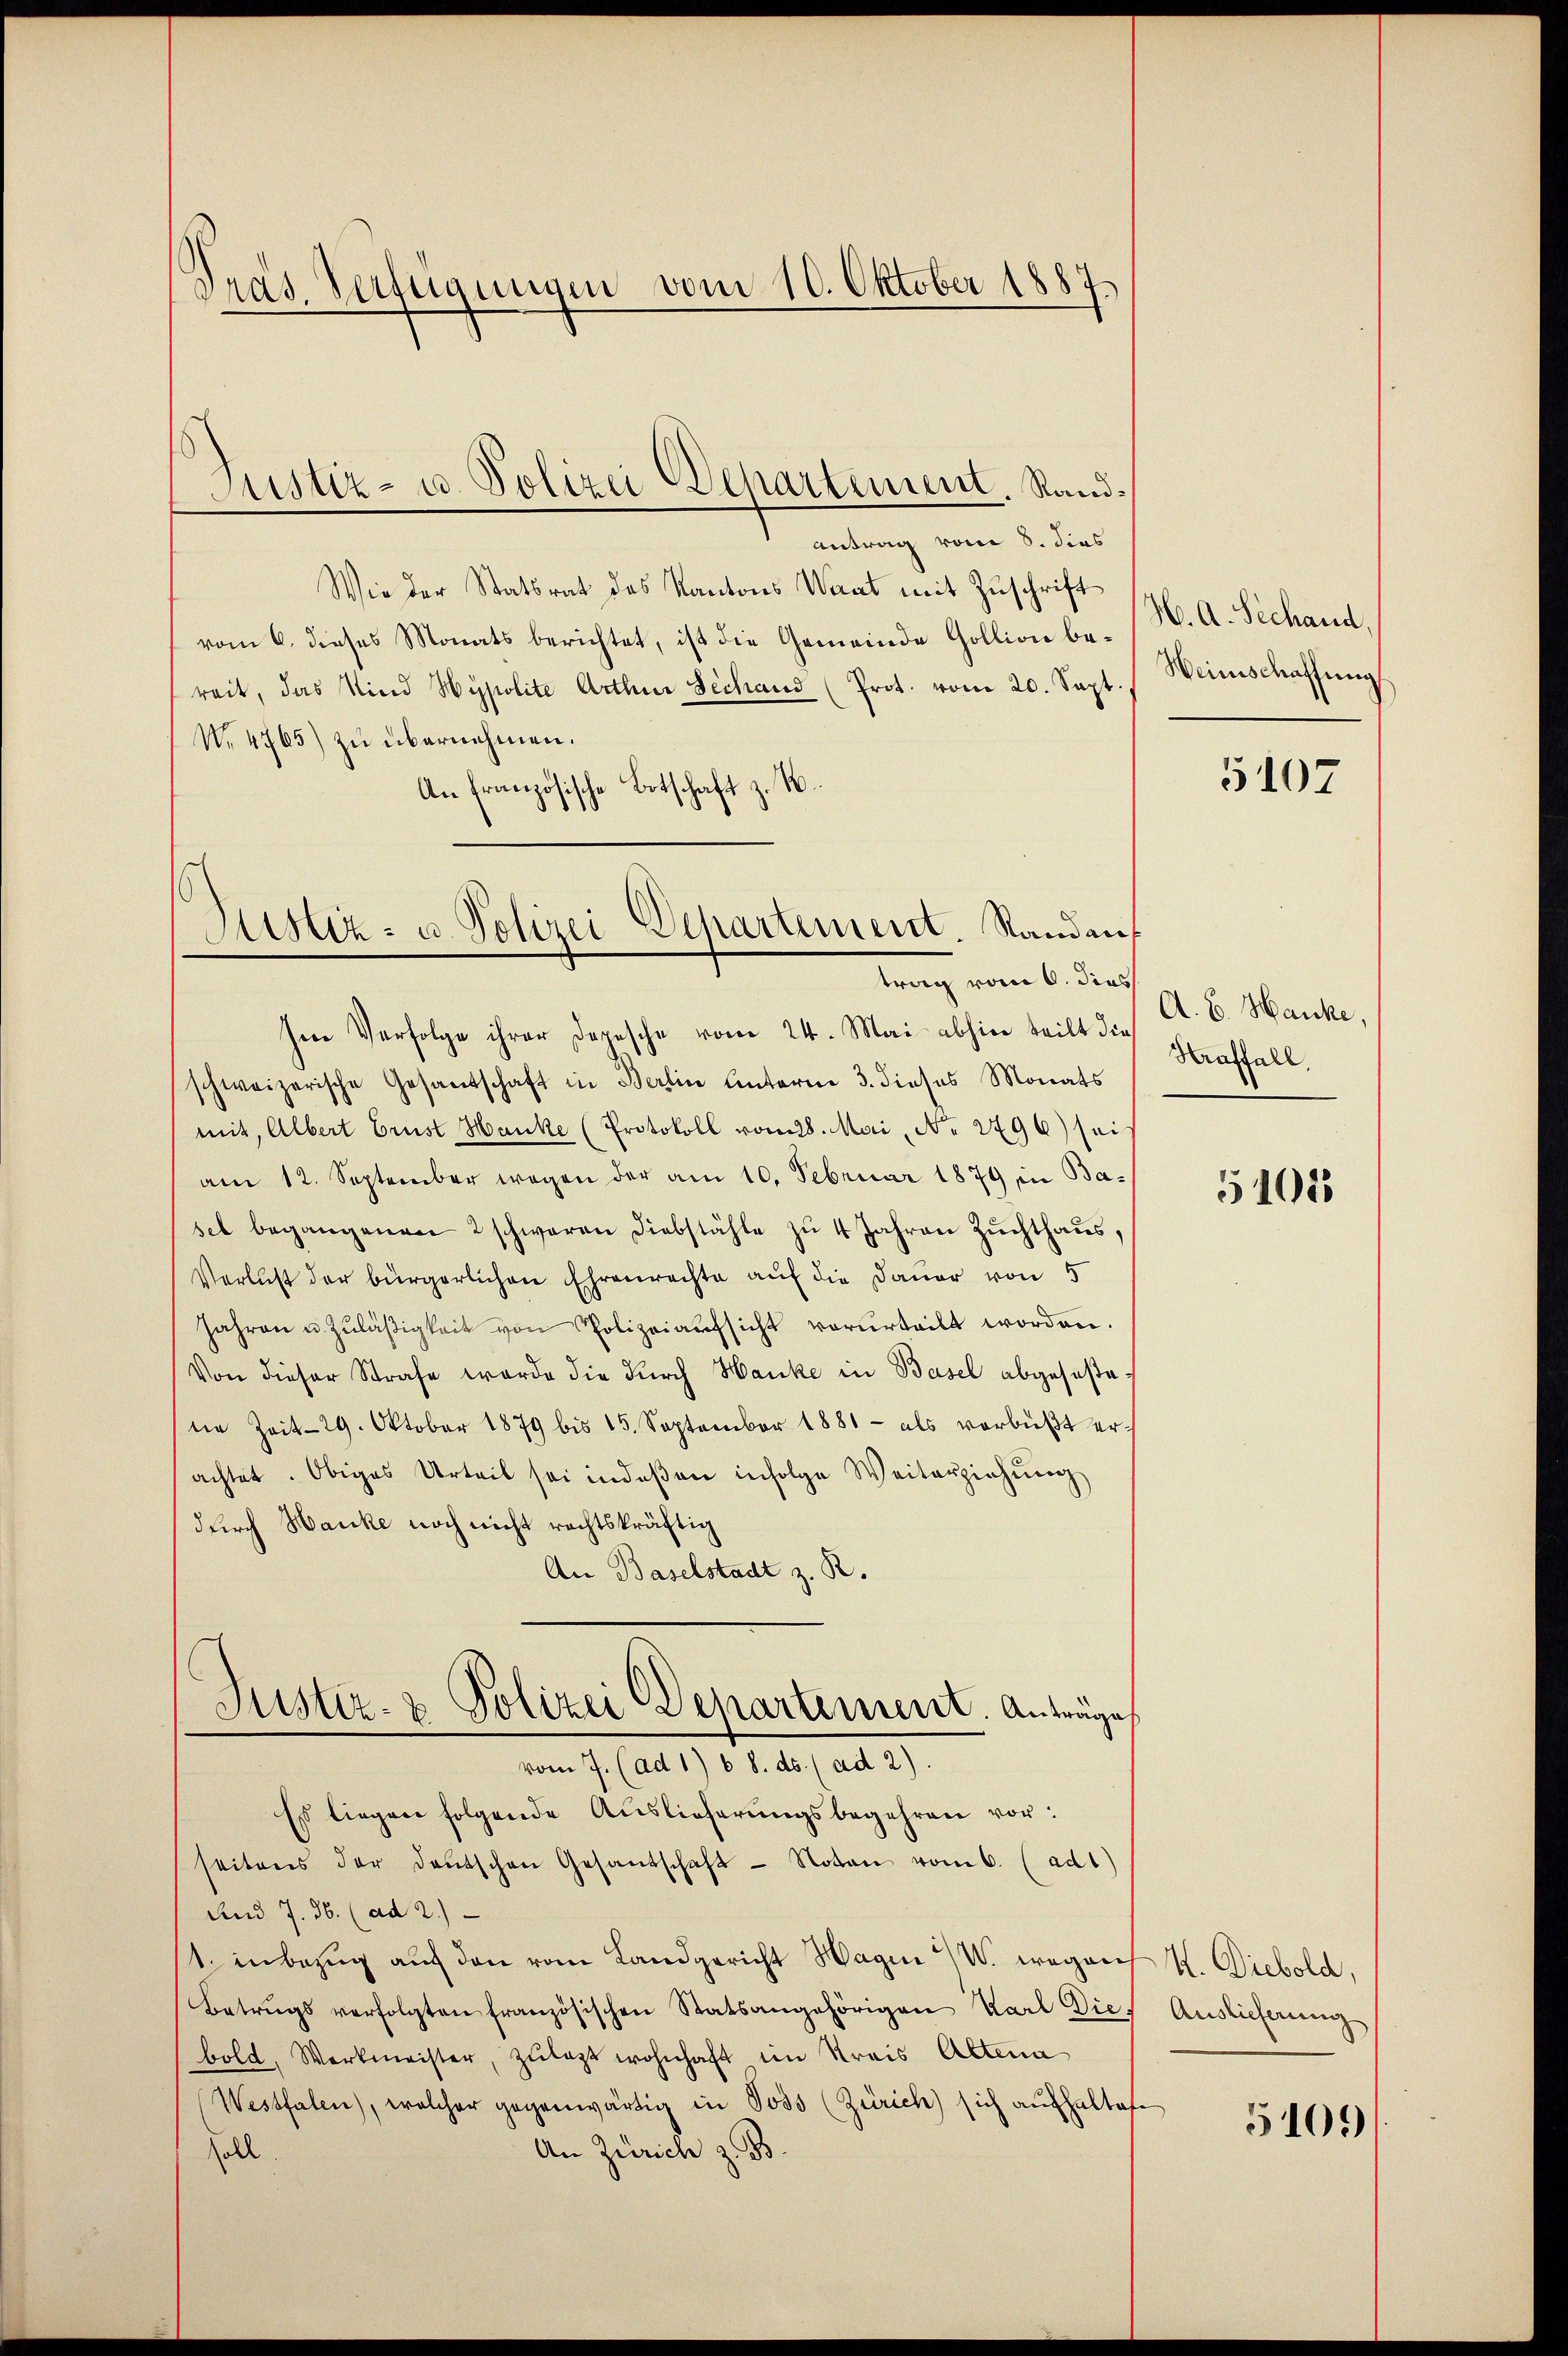
Präs. Verfügungen vom 10. Oktober 1887.

Wie der Statsrat des Kantons Waat mit Zuschrift
vom 6. dieses Monats berichtet, ist die Gemeinde Gollion bereit, das Kind Hypolite Arthur Dechand (Prot. vom 20. Sept.
No. 4765) zŭ übernehmen.
An Französische Botschaft z. B.
Zustiz- u. Polizei Departement. Randan¬

Justiz- u. Polizei Departement Stand¬
Antrag vom 8. dies

trag vom 6. dies

Im Verfolge ihrer Depesche vom 24. Mai abhin teilt die
schweizerische Gesandschaft in Berlin Unterne 3. dieses Monats
mit, Albert Brust Hanke (Protokoll vom 28. Mai, No. 2796) sei
am 12. September wegen der am 10. Februar 1879 in Basel begangenen 2 schweren Diebstähle zu 4 Jahren Zuchthaus,
Verlust der bürgerlichen Ehrenrechte auf die Dauer von 5
Jahren u. Zuläßigkeit von Polizeiaufsicht verurteilt worden.
Von dieser Strafe werde die durch Hanke in Basel abgeseßete Zeit 29. Oktober 1879 bis 15. September 1881 als verbüßt er-
achtet. Obiges Urteil sei indeßen infolge Weiterziehŭng
durch Hanke noch nicht rechtskräftig
An Baselstadt z. R.
Justiz- & Polizei Departement. Anträge
vom 7. (ad 1) b S. ds. (ad 2).
Es liegen folgende Auslieferŭngsbegehren vor:
seitens der deutschen Gesandschaft - Noten vom 6. (ad1)
Und 7. 36. (ad 2.)
1. inbezug auf den vom Landgericht Hagen W. wegen
Betrugs verfolgten französischen Statsangehörigen Karl Dies
bold, Werkmeister, zulezt wohnhaft im Kreis Altena
Westfalen), welcher gegenwärtig in Poss (Zürich) sich aufhaltete
An Zürich z. B.
soll.

H. A. Sechand
Weinschaffung

5107

A. E. Hanke,
Straffall

5101

H. Diebold,
Auslieferung

5101)